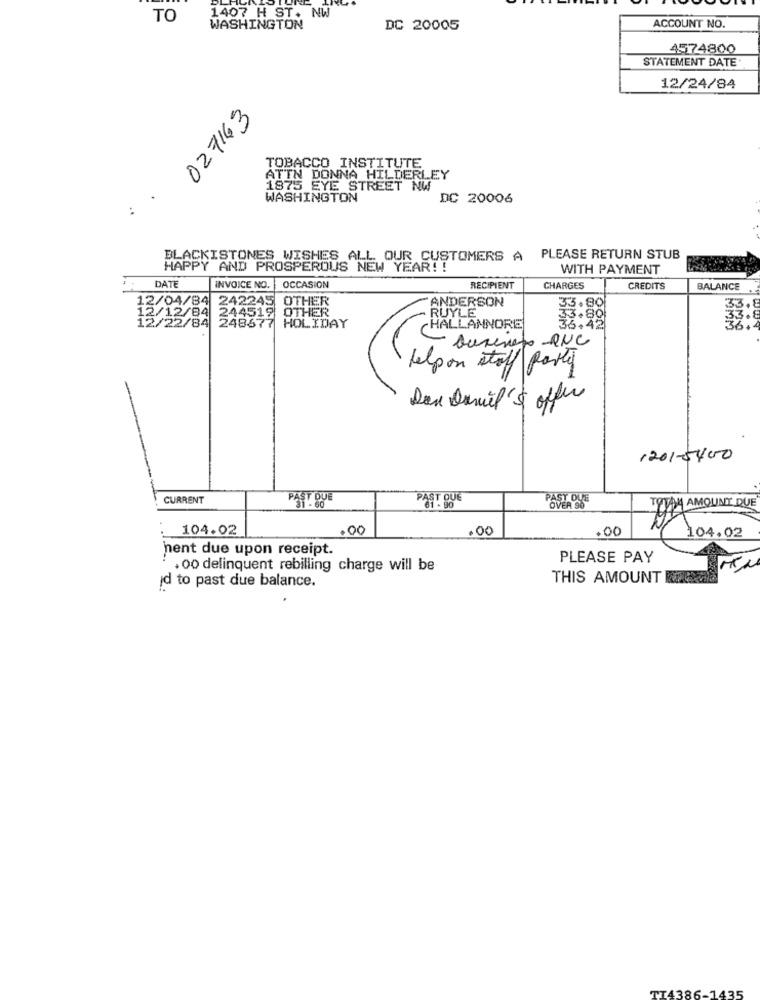
TO
1407 H ST. NW
WASHINGTON
DC 20005
ACCOUNT NO.
4574800
STATEMENT DATE
12/24/84
027163
TOBACCO INSTITUTE
ATTN DONNA HILDERLEY
1875 EYE STREET NW
WASHINGTON
DC 20006
..
BLACKISTONES WISHES ALL OUR CUSTOMERS A PLEASE RETURN STUB
HAPPY AND PROSPEROUS NEW YEAR !!
WITH PAYMENT
DATE
INVOICE NO. OCCASION
RECIPIENT
CHARGES
CREDITS
BALANCE
12/04/84
242245 OTHER
ANDERSON
244519 OTHER
RUYLE
33.80
33
12/12/84
33.89
12/22/84
248677 HOLIDAY
HALLANNORE
- Durenato -RNC
help on staff party
1201-5400
CURRENT
PAST DUE
PAST QUE
ST DUE
TOTAL AMOUNT DUE
104.02
.00
4 104.02
hent due upon receipt.
PLEASE PAY
. 00 delinquent rebilling charge will be
d to past due balance.
THIS AMOUNT
TI4386-1435